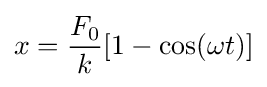
x={\frac {F_{0}}{k}}[1-\cos(\omega t)]